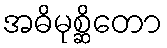
အဓိမုစ္ဆိတော